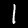
Label: 1